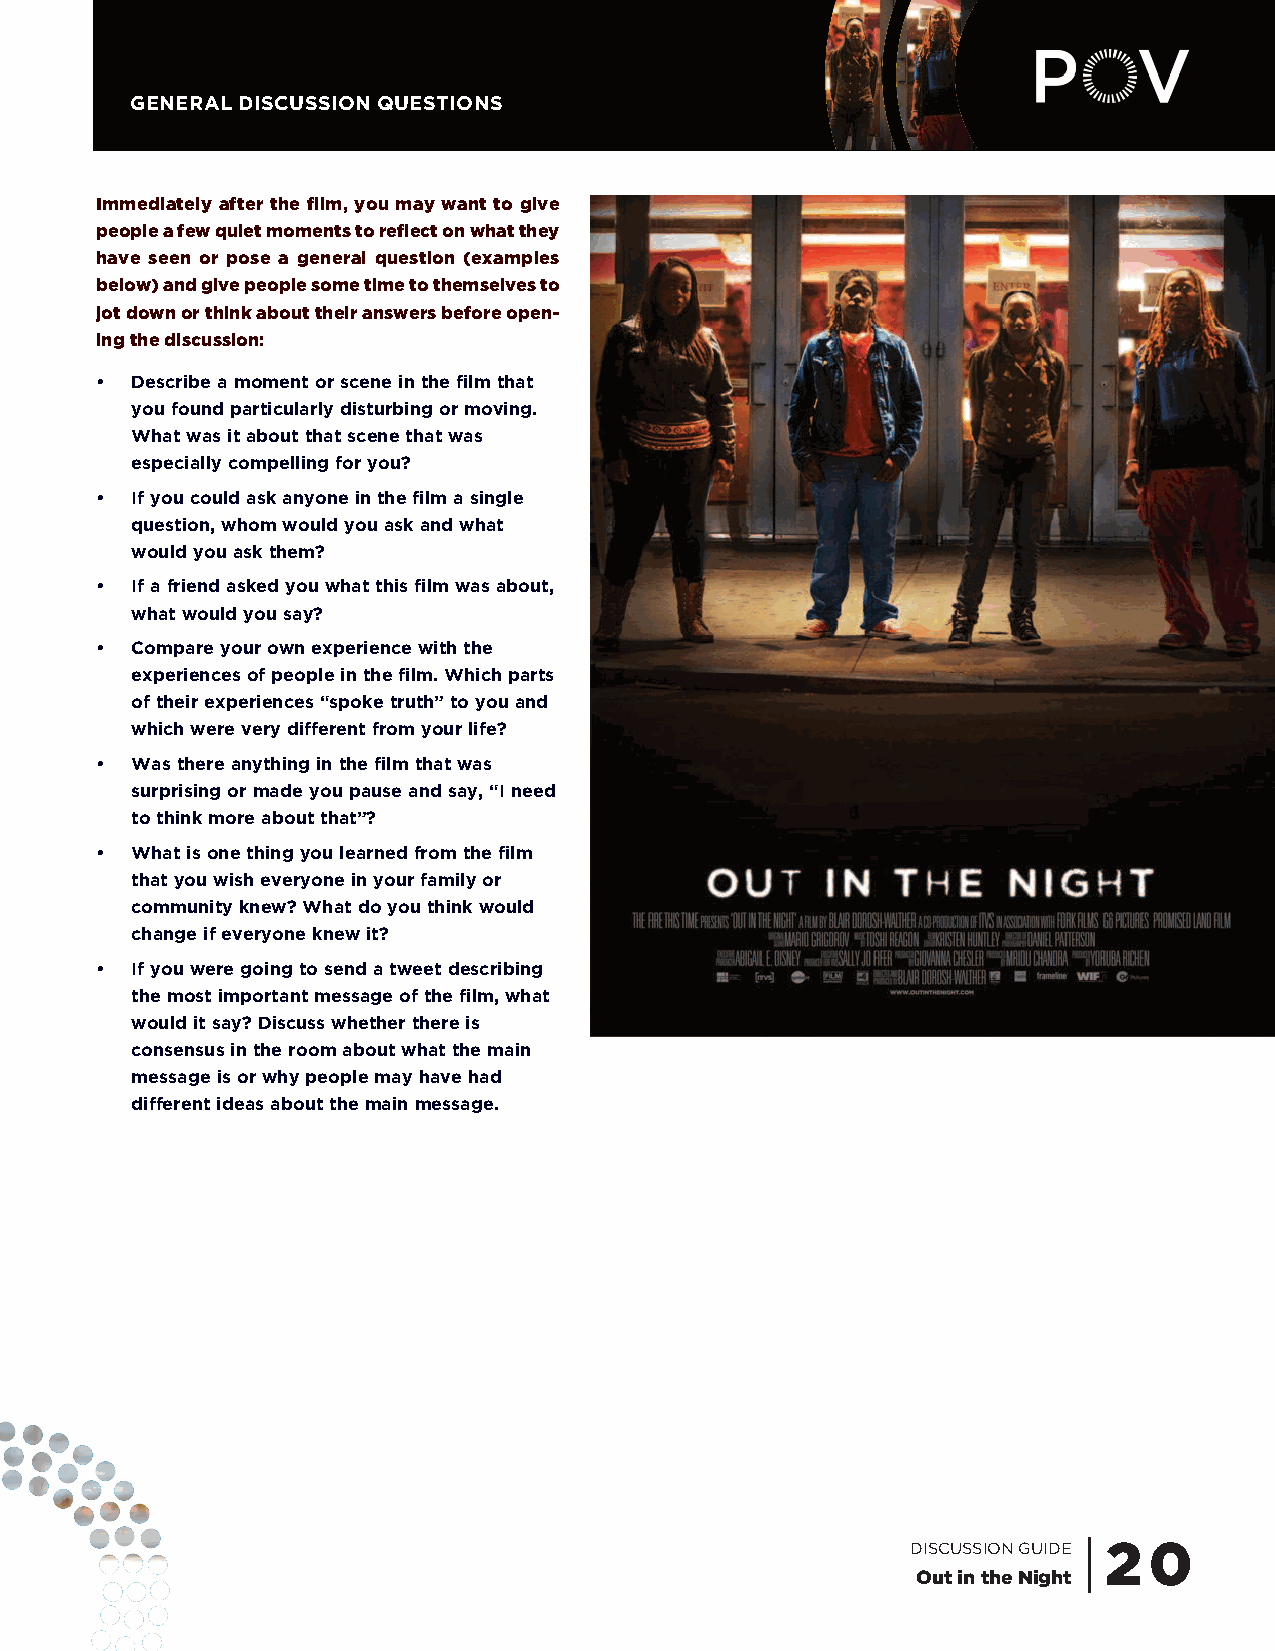
GENERAL DISCUSSION QUESTIONS
 Immediately after the film, you may want to give
 people a few quiet moments to reflect on what they
 have seen or pose a general question (examples
 below) and give people some time to themselves to
 jot down or think about their answers before open-
 ing the discussion:
 •  Describe a moment or scene in the film that
 you found particularly disturbing or moving.
 What was it about that scene that was
 especially compelling for you?
 •  If you could ask anyone in the film a single
 question, whom would you ask and what
 would you ask them?
 •  If a friend asked you what this film was about,
 what would you say?
 •  Compare your own experience with the
 experiences of people in the film. Which parts
 of their experiences “spoke truth” to you and
 which were very different from your life?
 •  Was there anything in the film that was
 surprising or made you pause and say, “I need
 to think more about that”?
 •  What is one thing you learned from the film
 that you wish everyone in your family or
 community knew? What do you think would
 change if everyone knew it?
 •  If you were going to send a tweet describing
 the most important message of the film, what
 would it say? Discuss whether there is
 consensus in the room about what the main
 message is or why people may have had
 different ideas about the main message.
 DISCUSSION GUIDE | 2 0
 Out in the Night